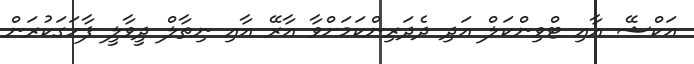
އަކްޝޭ އާއި ޓްވިންކަލް އަދި ދެދަރިންކަމަށްވާ އާރޭ އާއި ނިތާލް ދީވާލީ ފާހަގަކުރަން